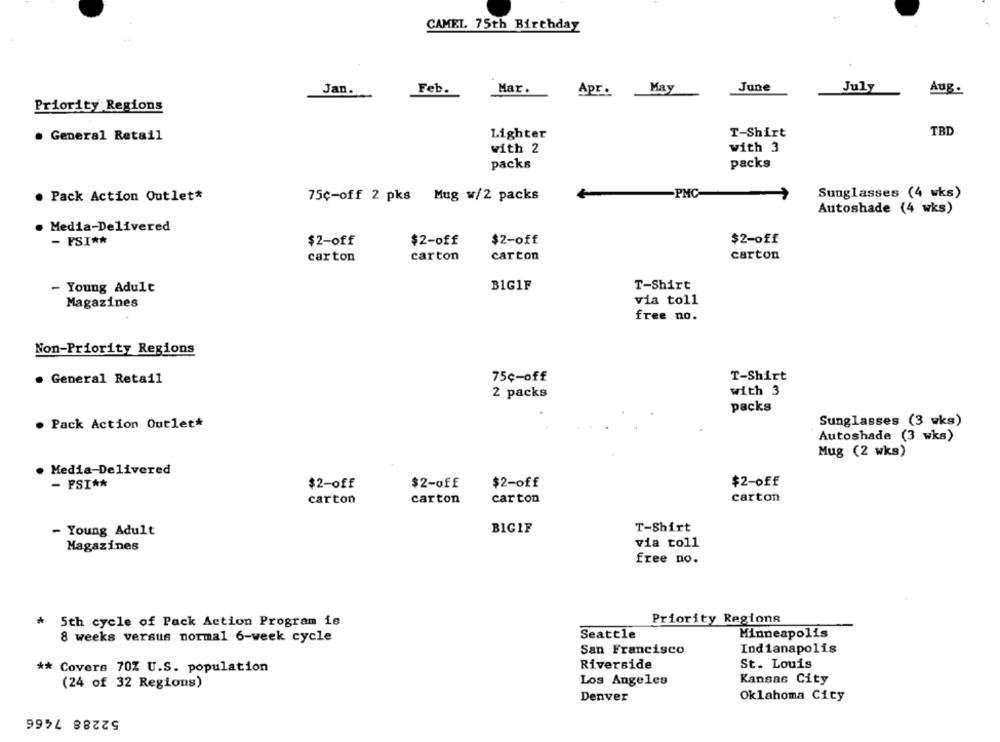
CAMEL 75th Birthday
Jan.
Feb.
Mar
May
June
July
Aug.
Apr.
Priority Regions
Lighter
T-Shirt
TBD
General Retail
with 2
with 3
packs
packs
-PMC
. Pack Action Outlet*
75c-off 2 pks Mug w/2 packs
Sunglasses (4 wks)
Autoshade (4 wks)
Media-Delivered
- FSI **
$2-off
$2-off
$2-off
$2-off
carton
carton
carton
carton
- Young Adult
BIG1F
T-Shirt
Magazines
via toll
free no.
Non-Priority Regions
75¢-off
T-Shirt
. General Retail
with 3
2 packs
packs
Sunglasses (3 wks)
. Pack Action Outlet*
Autoshade (3 wks)
Mug (2 wks)
. Media-Delivered
$2-off
- FSI **
$2-off
$2-off
$2-off
carton
carton
carton
carton
T-Shirt
- Young Adult
BIGIF
Magazines
via toll
free no.
* 5th cycle of Pack Action Program is
Priority Regions
8 weeks versus normal 6-week cycle
Seattle
Minneapolis
San Francisco
Indianapolis
Riverside
St. Louis
** Covers 70Z U.S. population
Los Angeles
Kansas City
(24 of 32 Regions)
Denver
Oklahoma City
52288 7466